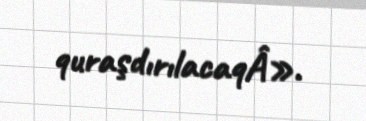
quraşdırılacaqÂ».